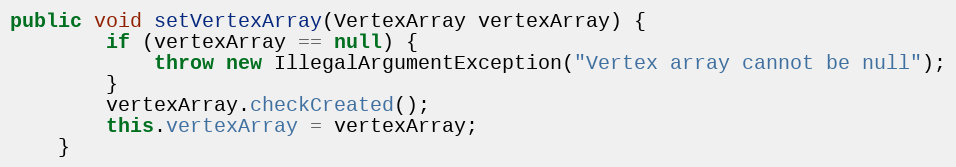
Language: Java
public void setVertexArray(VertexArray vertexArray) {
        if (vertexArray == null) {
            throw new IllegalArgumentException("Vertex array cannot be null");
        }
        vertexArray.checkCreated();
        this.vertexArray = vertexArray;
    }